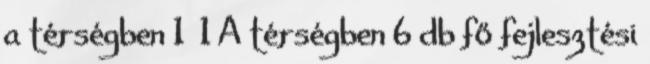
a térségben 1 1 A térségben 6 db fő fejlesztési